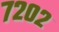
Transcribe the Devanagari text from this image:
७२०२